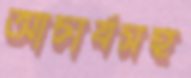
আচার্যসহ